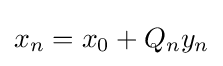
x_{n}=x_{0}+Q_{n}y_{n}